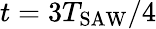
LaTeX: t=3T_{\mathrm{SAW}}/4